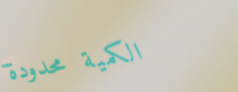
الكمية محدودة